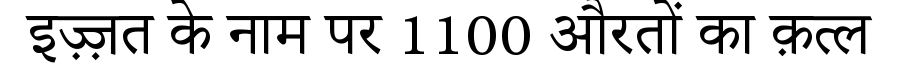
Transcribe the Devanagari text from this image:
इज़्ज़त के नाम पर 1100 औरतों का क़त्ल